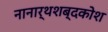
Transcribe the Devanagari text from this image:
नानार्थशब्दकोश